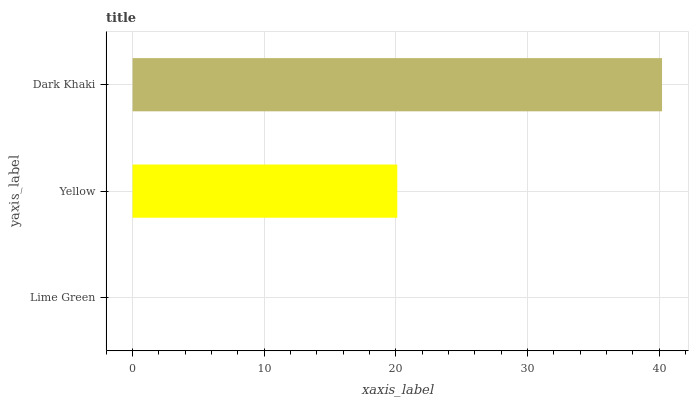
| yaxis_label | bars |
 | --- | --- |
 | Lime Green | 0 |
 | Yellow | 20.1 |
 | Dark Khaki | 40.2 |